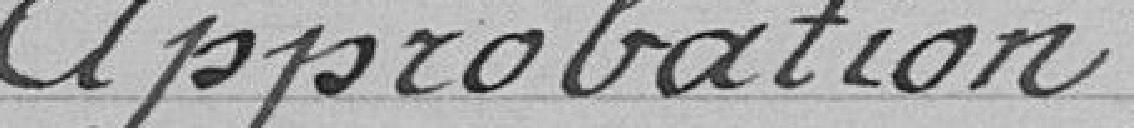
Approbation .